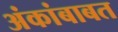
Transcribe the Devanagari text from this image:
अंकांबाबत